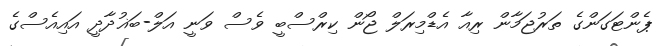
ޕެންޓަގަންގެ ތަރުޖަމާން ރިއާ އެޑްމިރަލް ޖޯން ކިރްސްބީ ވެސް ވަނީ އަލް-ބަޣުދާދީ އައިއެސްގެ